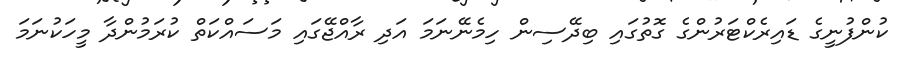
ކުންފުނީގެ ޑައިރެކްޓަރުންގެ ގޮތުގައި ބިދޭސިން ހިމެނޭނަމަ އަދި ރާއްޖޭގައި މަސައްކަތް ކުރަމުންދާ މީހަކުނަމަ